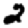
Digit: 2